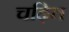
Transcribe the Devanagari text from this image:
चढ़ित